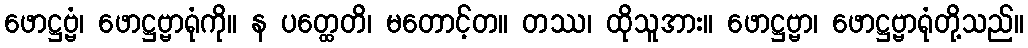
ဖောဋ္ဌဗ္ဗံ၊ ဖောဋ္ဌဗ္ဗာရုံကို။ န ပတ္ထေတိ၊ မတောင့်တ။ တဿ၊ ထိုသူအား။ ဖောဋ္ဌဗ္ဗာ၊ ဖောဋ္ဌဗ္ဗာရုံတို့သည်။